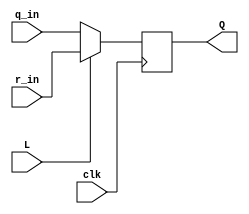
// SPDX-License-Identifier: MIT

module top_module (
	input clk,
	input L,
	input r_in,
	input q_in,
	output reg Q);
    always @(posedge clk) Q <= L?r_in:q_in; 
endmodule